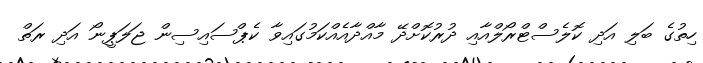
ހިތުގެ ބަލި އަދި ކޮލެސްޓްރޯލްއާއި ދުރުކޮށްދޭ މާއްދާއެއްކަމުގައިވާ ކެޕްސައިސިން ޖަލަޕީނޯ އަދި ރަތް